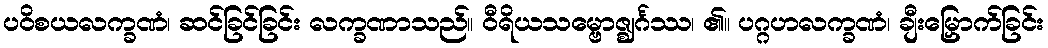
ပဝိစယလက္ခဏံ၊ ဆင်ခြင်ခြင်း လက္ခဏာသည်။ ဝီရိယသမ္ဗောဇ္ဈင်္ဂဿ၊ ၏။ ပဂ္ဂဟလက္ခဏံ၊ ချီးမြှောက်ခြင်း